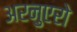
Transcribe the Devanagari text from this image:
अरनुएरो